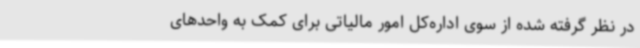
در نظر گرفته شده از سوی اداره‌کل امور مالیاتی برای کمک به واحدهای